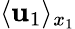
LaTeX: \langle\mathbf{u}_{1}\rangle_{x_{1}}